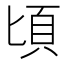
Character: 頃